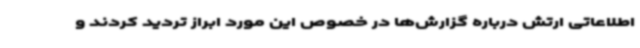
اطلاعاتی ارتش درباره گزارش‌ها در خصوص این مورد ابراز تردید کردند و